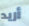
أريد